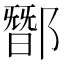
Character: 䣟